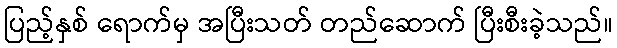
ပြည့်နှစ် ရောက်မှ အပြီးသတ် တည်ဆောက် ပြီးစီးခဲ့သည်။